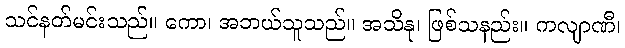
သင်နတ်မင်းသည်။ ကော၊ အဘယ်သူသည်။ အသိနု၊ ဖြစ်သနည်း။ ကလျာဏီ၊